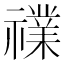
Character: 𱵬